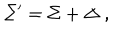
\Sigma ^ { \prime } = \Sigma + \Delta \ ,